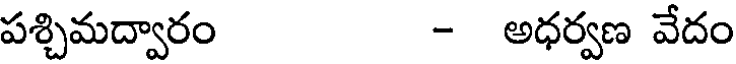
పశ్చిమద్వారం - అధర్వణ వేదం